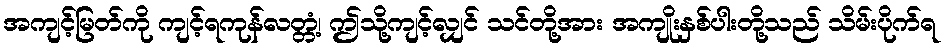
အကျင့်မြတ်ကို ကျင့်ရကုန်လတ္တံ့၊ ဤသို့ကျင့်လျှင် သင်တို့အား အကျိုးနှစ်ပါးတို့သည် သိမ်းပိုက်ရ